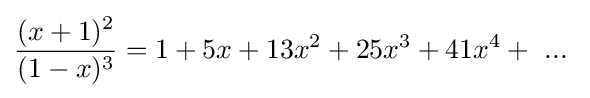
{\frac {(x+1)^{2}}{(1-x)^{3}}}=1+5x+13x^{2}+25x^{3}+41x^{4}+~...~